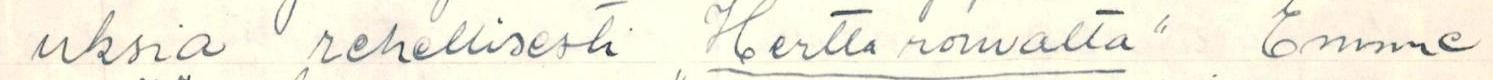
uksia rehellisesti ,,Hertta rouvalta" Emme